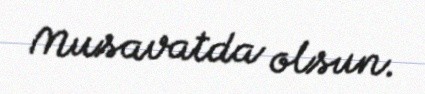
Musavatda olsun.